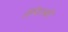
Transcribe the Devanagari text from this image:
लैपित्स्की